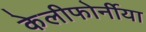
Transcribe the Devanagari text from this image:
केलीफोर्नीया